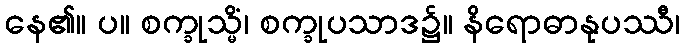
နေ၏။ ပ။ စက္ခုသ္မိံ၊ စက္ခုပသာဒ၌။ နိရောဓာနုပဿီ၊